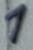
Text: 1